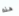
هذه